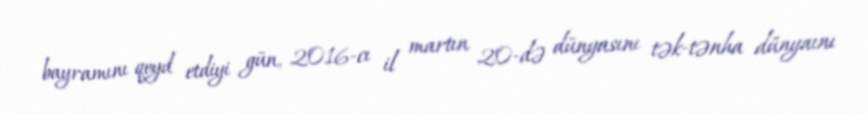
bayramını qeyd etdiyi gün, 2016-cı il martın 20-də dünyasını tək-tənha dünyaını